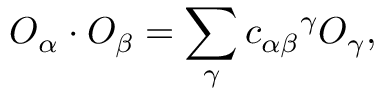
{ \cal O } _ { \alpha } \cdot { \cal O } _ { \beta } = \sum _ { \gamma } { c _ { \alpha \beta } } ^ { \gamma } { \cal O } _ { \gamma } ,